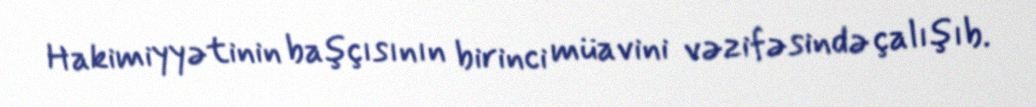
Hakimiyyətinin başçısının birinci müavini vəzifəsində çalışıb.